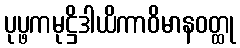
ပုပ္ဖကမုဋ္ဌိဒါယိကာဝိမာနဝတ္ထု